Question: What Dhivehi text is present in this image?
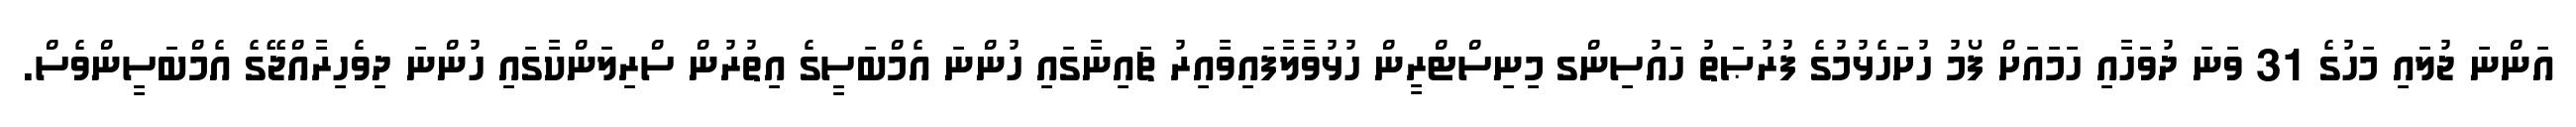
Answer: އަންނަ ޖުލައި މަހުގެ 31 ވަނަ ދުވަހާއި ހަމައަށް ފޯމު ހުށަހެޅުމުގެ ފުރުޞަތު ހައުސިންގ މިނިސްޓްރީން ހުޅުވާލާފައިވާއިރު ޗައިނާގައި ހުންނަ އެމްބަސީގެ އިތުރުން ސްރިލަންކާގައި ހުންނަ ދިވެހިރާއްޖޭގެ އެމްބަސީންވެސް.